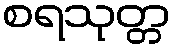
စရသုတ္တ